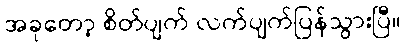
အခုတော့ စိတ်ပျက် လက်ပျက်ပြန်သွားပြီ။